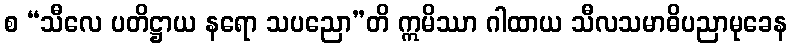
စ “သီလေ ပတိဋ္ဌာယ နရော သပညော”တိ ဣမိဿာ ဂါထာယ သီလသမာဓိပညာမုခေန